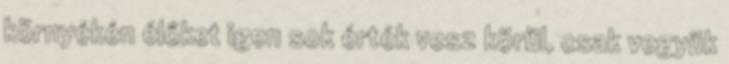
környékén élőket igen sok érték vesz körül, csak vegyük